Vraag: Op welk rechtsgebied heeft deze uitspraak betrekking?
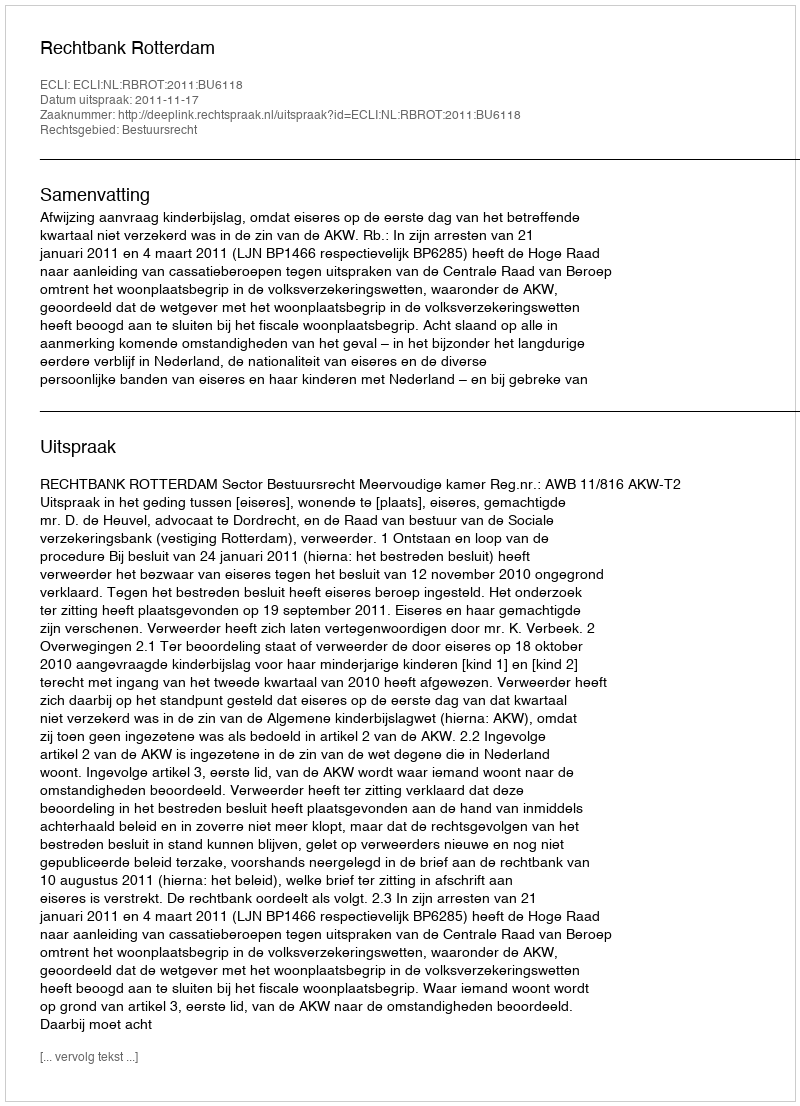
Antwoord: Bestuursrecht